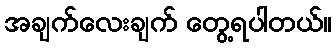
အချက်လေးချက် တွေ့ရပါတယ်။